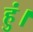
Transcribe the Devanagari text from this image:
हुं।